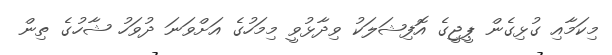
މިކަމާއި ގުޅިގެން ޕީޖީގެ އޮފިޝަލަކު ވިދާޅުވީ މިމަހުގެ އަށްވަނަ ދުވަހު ޝާހުގެ ތިން